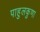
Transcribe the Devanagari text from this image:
पाहुलकुणा